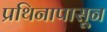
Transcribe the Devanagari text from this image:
प्रथिनापासून